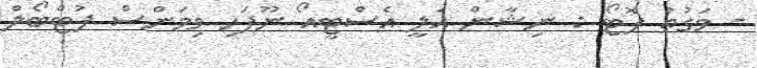
- ވަގުތު ފޮޓޯ : ނިޝާން އަލީ އެސްޓީއޯ ނޫފަހި ވިމަންސް ފުޓްބޯލް